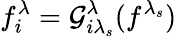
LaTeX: f_{i}^{\lambda}=\mathcal{G}_{i\lambda_{s}}^{\lambda}(f^{\lambda_{s}})